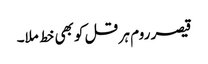
قیصر روم ہر قل کو بھی خط ملا۔